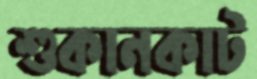
শুকানকাট